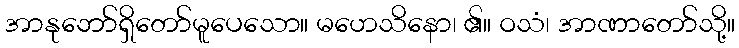
အာနုဘော်ရှိတော်မူပေသော။ မဟေသိနော၊ ၏။ ဝသံ၊ အာဏာတော်သို့။